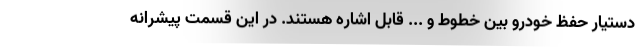
دستیار حفظ خودرو بین خطوط و ... قابل اشاره هستند. در این قسمت پیشرانه